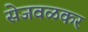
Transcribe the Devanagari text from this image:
सेजवळकर